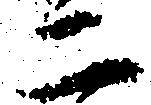
二